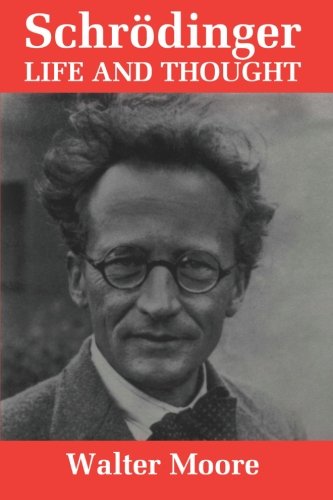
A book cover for SchrÃ¶dinger: Life and Thought; Walter J. Moore; Science & Math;